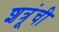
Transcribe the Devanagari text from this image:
शत्रूंची